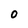
Character: 0